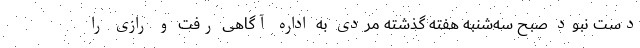
دست نبود صبح سه‌شنبه هفته گذشته مردی به اداره آگاهی رفت و رازی را